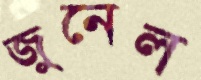
জুনেল